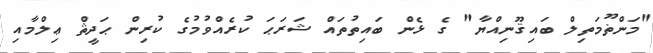
"މަންޡޫމަތިލް ބައިޤޫނިއްޔާ" ގެ ޅެން ބައިތުތައް ޝަރަޙަ ކުރެއްވުމުގެ ކުރިން ޙަދީޘް ޢިލްމާއި